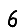
Digit: 6